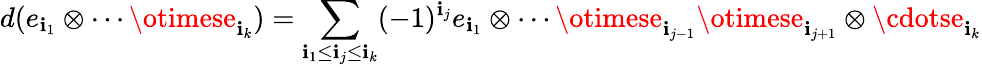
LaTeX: d(e_{\mathbf{i}_{1}}\otimes\cdots\otimese_{\mathbf{i}_{k}})=\sum_{\mathbf{i}_{1}\leq\mathbf{i}_{j}\leq\mathbf{i}_{k}}(-1)^{\mathbf{i}_{j}}e_{\mathbf{i}_{1}}\otimes\cdots\otimese_{\mathbf{i}_{j-1}}\otimese_{\mathbf{i}_{j+1}}\otimes\cdotse_{\mathbf{i}_{k}}